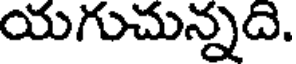
యగుచున్నది.